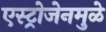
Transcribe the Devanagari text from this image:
एस्ट्रोजेनमुळे